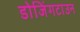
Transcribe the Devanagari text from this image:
डोजिंगटाउन